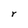
Character: r